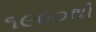
૧૯૯૦થી